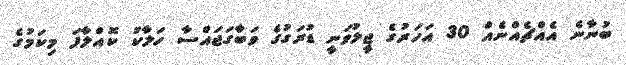
ބުނާނެ އެއްޗެއްނެއް 30 އަހަރުގެ ޖީލުވަނީ ޑުރަގުގެ ވަބާގަޖައްސާ ހަލާކު ކޮއްލާފަ މިކަމުގެ